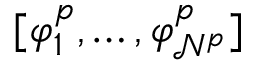
[ { \varphi } _ { 1 } ^ { p } , \dots , { \varphi } _ { \mathcal { N } ^ { p } } ^ { p } ]